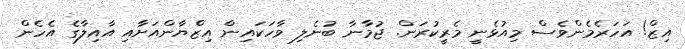
އިޒް! އަހަރެމެންވެސް މިއުޅެނީ މެރީކުރަން. ޖުމާނާ ބުނެލި ވާހަކައިން އިޒްޔާންއަށާއި އާއިލާގެ އެހެން